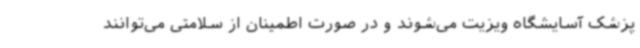
پزشک آسایشگاه ویزیت می‌شوند و در صورت اطمینان از سلامتی‌ می‌توانند